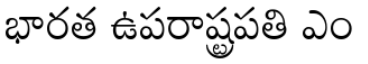
భారత ఉపరాష్ట్రపతి ఎం